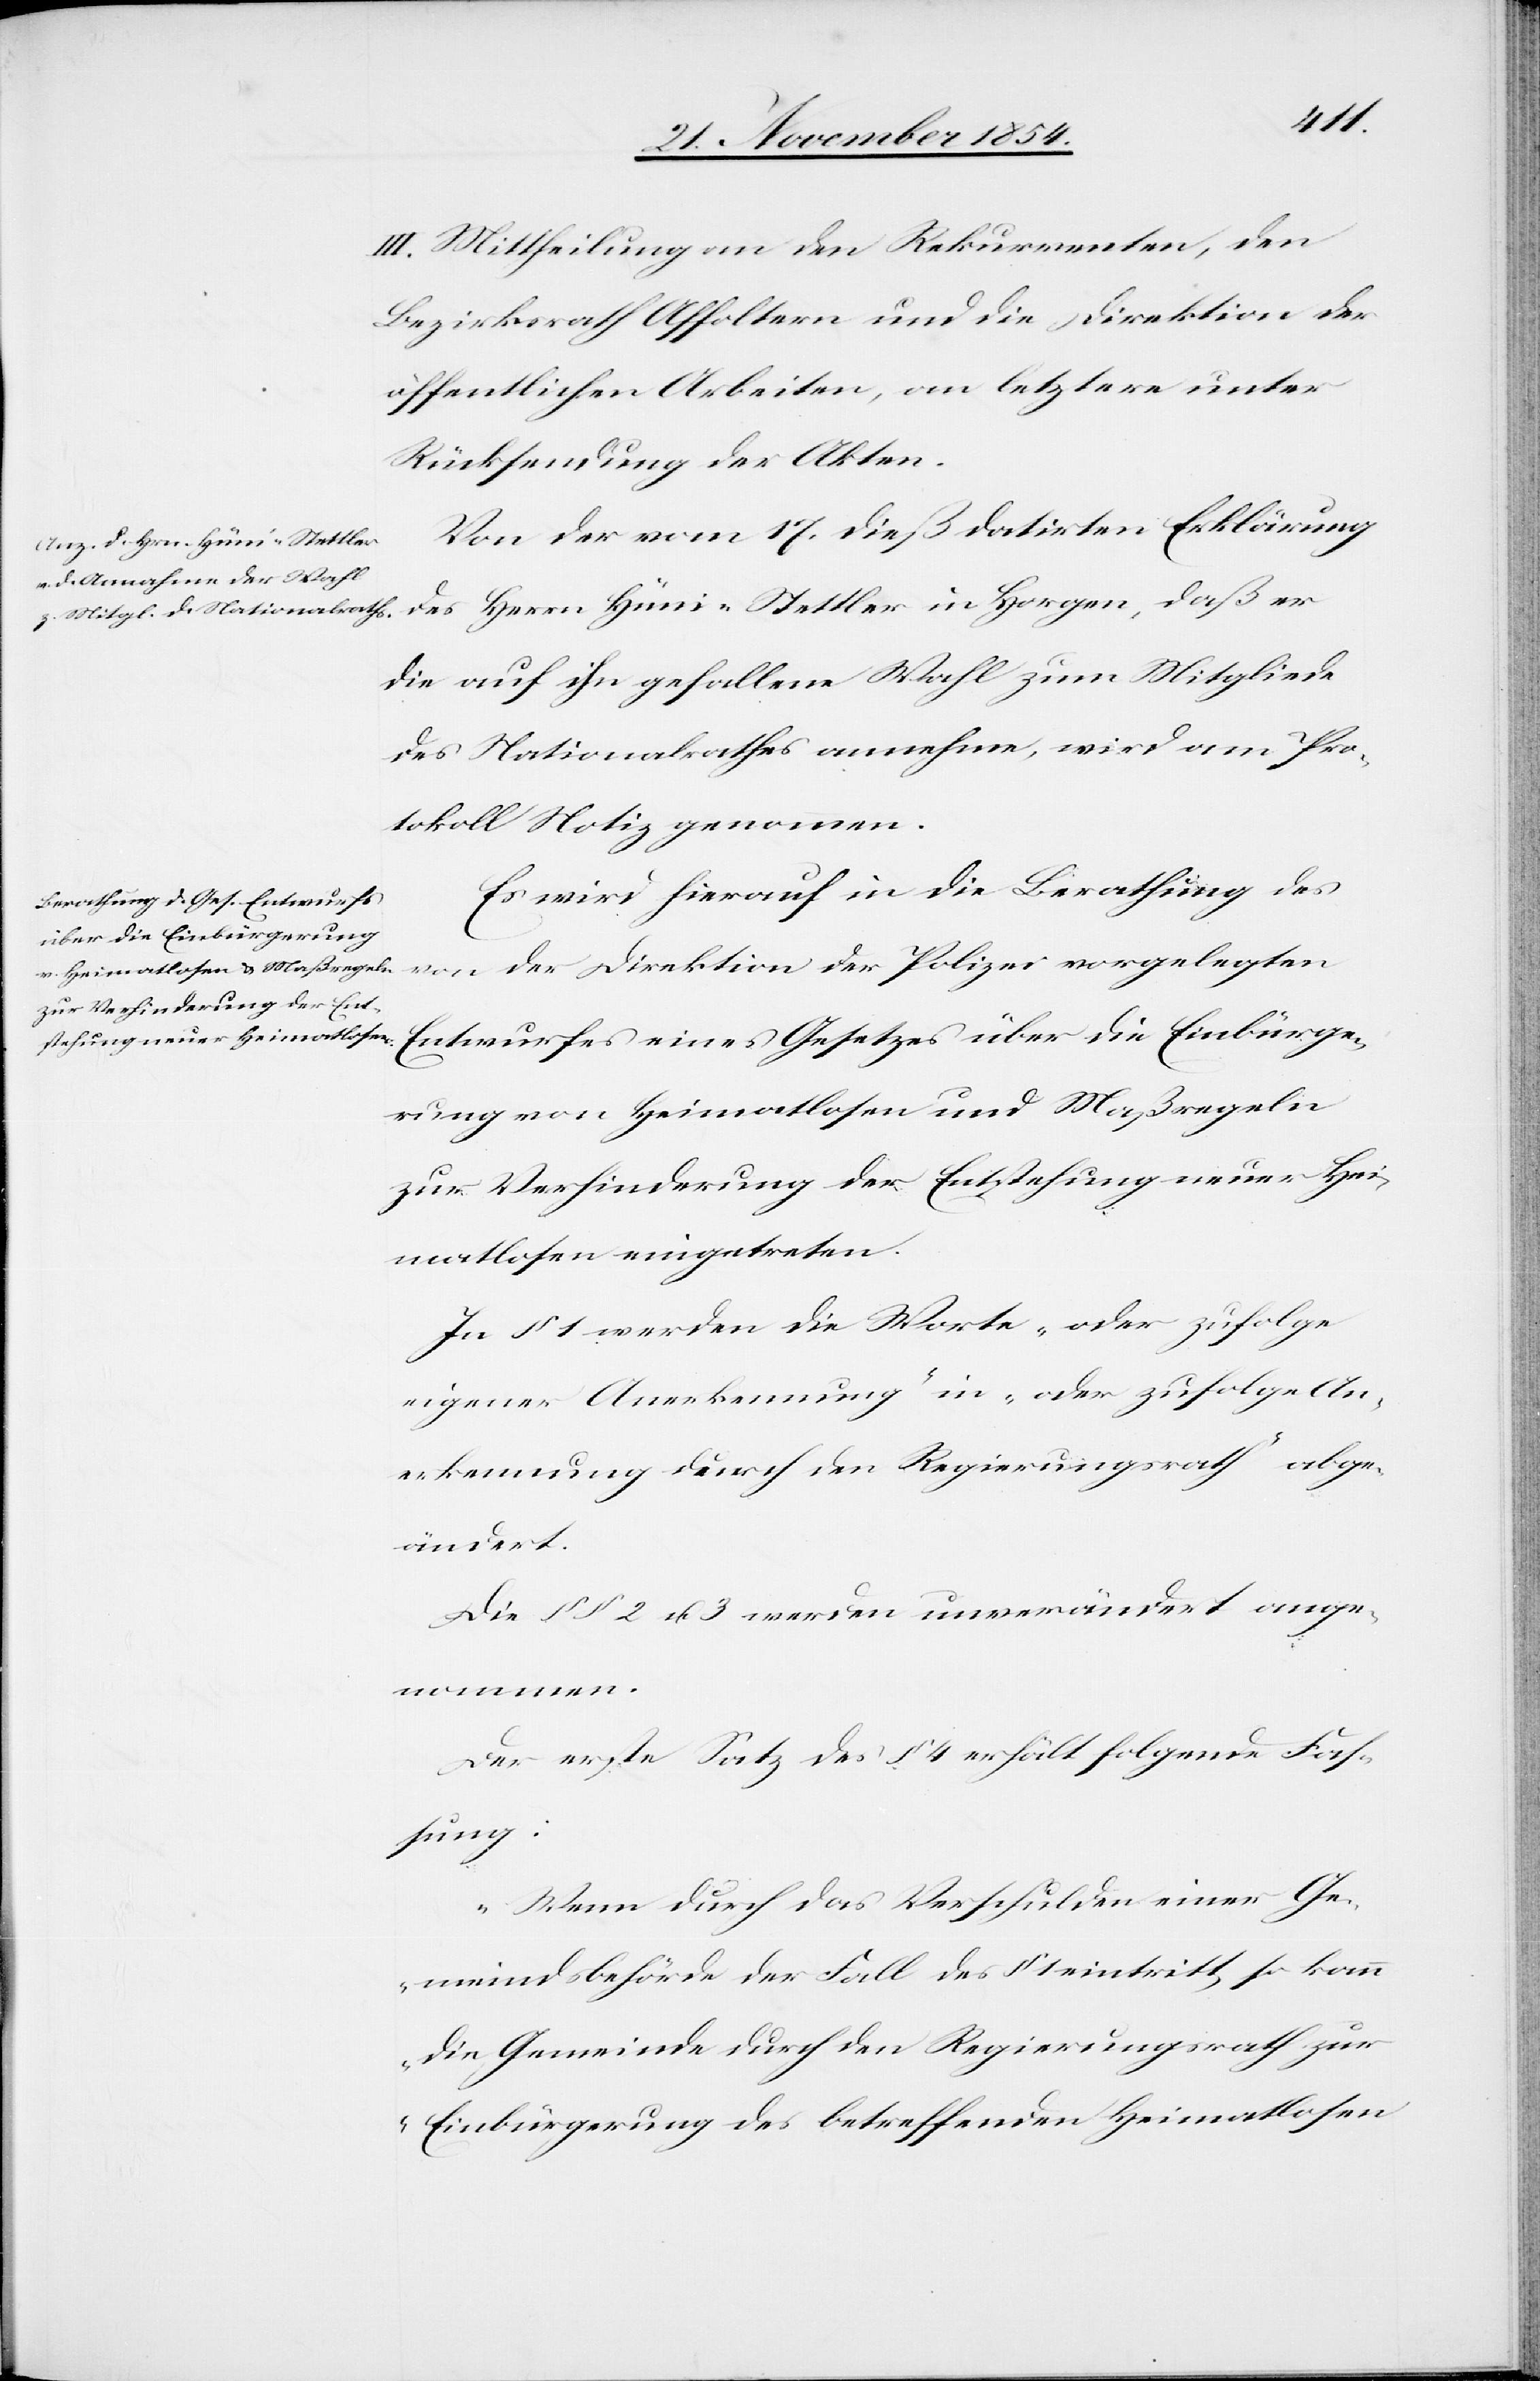
III. Mittheilung an den Rekurrenten, den
Bezirksrath Affoltern und die Direktion der
öffentlichen Arbeiten, an letztere unter
Rücksendung der Akten.
Von der vom 17. dieß datirten Erklärung
des Herrn Hüni-Stettler in Horgen, daß er
die auf ihn gefallene Wahl zum Mitgliede
des Nationalrathes annehme, wird am Pro¬
tokoll Notiz genommen.
Es wird hierauf in die Berathung des
Entwurfes eines Gesetzes über die Einbürge¬
rung von Heimatlosen und Maßregeln
zur Verhinderung der Entstehung neuer Hei¬
matlosen eingetreten.
In § 1 werden die Worte „oder zufolge
eigener Anerkennung“ in „oder zufolge An¬
erkennung durch den Regierungsrath“ abge¬
ändert.
Die §§ 2 u. 3 werden unverändert ange¬
nommen.
Der erste Satz des § 4 erhält folgende Faß¬
ung:
„Wenn durch das Verschulden einer Ge¬
meindsbehörde der Fall des § 1 eintritt, so kann
die Gemeinde durch den Regierungsrath zur
Einbürgerung des betreffenden Heimatlosen